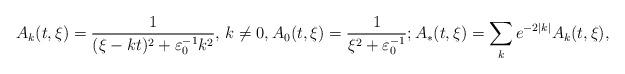
LaTeX: \begin{align*}A_k(t,\xi)=\frac{1}{(\xi-kt)^2+\varepsilon_0^{-1}k^2},\,k\neq 0,A_0(t,\xi)=\frac{1}{\xi^2+\varepsilon_0^{-1}};A_{*}(t,\xi)=\sum_{k}e^{-2|k|}A_{k}(t,\xi),\end{align*}